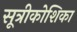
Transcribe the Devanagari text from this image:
सूत्रीकोशिका